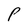
Character: P